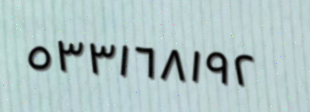
٥٣٣١٦٨١٩٢